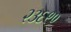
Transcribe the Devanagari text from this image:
२३६९०